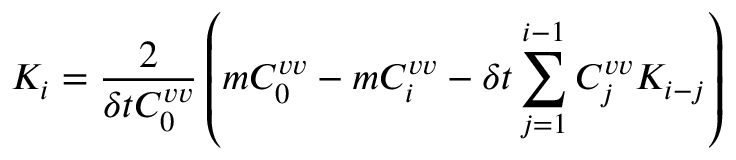
K _ { i } = \frac { 2 } { \delta t C _ { 0 } ^ { v v } } \left( m C _ { 0 } ^ { v v } - m C _ { i } ^ { v v } - \delta t \sum _ { j = 1 } ^ { i - 1 } C _ { j } ^ { v v } K _ { i - j } \right)